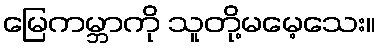
မြေကမ္ဘာကို သူတို့မမေ့သေး။